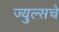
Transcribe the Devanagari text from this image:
ज्युल्सचे